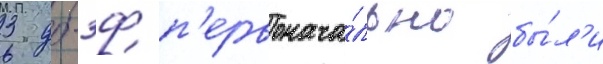
3 дб-3ф п'ервонача́льно бы́л'и